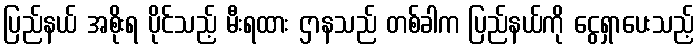
ပြည်နယ် အစိုးရ ပိုင်သည့် မီးရထား ဌာနသည် တစ်ခါက ပြည်နယ်ကို ငွေရှာပေးသည့်